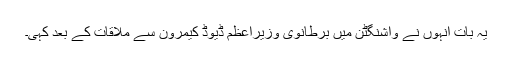
یہ بات انہوں نے واشنگٹن میں برطانوی وزیراعظم ڈیوڈ کیمرون سے ملاقات کے بعد کہی۔